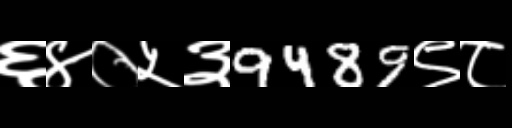
Text: ६४०५३9489९८